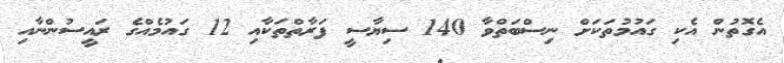
އެގޮތުން އެކި ގައުމުތަކަށް ނިސްބަތްވާ 140 ސިޔާސީ ފަރާތްތަކާއި 12 ގައުމެއްގެ ރައީސުންނާއި